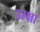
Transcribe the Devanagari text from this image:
उरक्षा